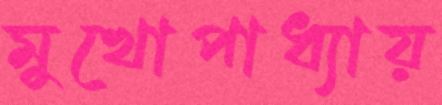
মুখোপাধ্যায়